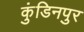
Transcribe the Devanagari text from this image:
कुंडिनपुर